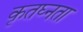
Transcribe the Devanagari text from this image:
कृतघ्नता